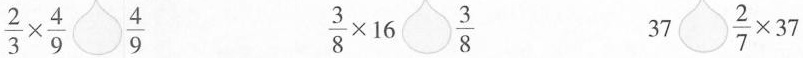
$$\frac { 2 } { 3 } \times \frac { 4 }{ 9 } \frac { 4 } { 9 }$$ $$\fra c{ 3 } { 8 } \times 1 6 \frac { 3 } { 8 }$$ $$3 7 \frac { 2 } { 7 } \times 3 7$$